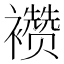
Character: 𬡷